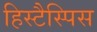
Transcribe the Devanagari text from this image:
हिस्टैस्पिस